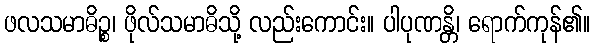
ဖလသမာဓိဉ္စ၊ ဖိုလ်သမာဓိသို့ လည်းကောင်း။ ပါပုဏန္တိ၊ ရောက်ကုန်၏။